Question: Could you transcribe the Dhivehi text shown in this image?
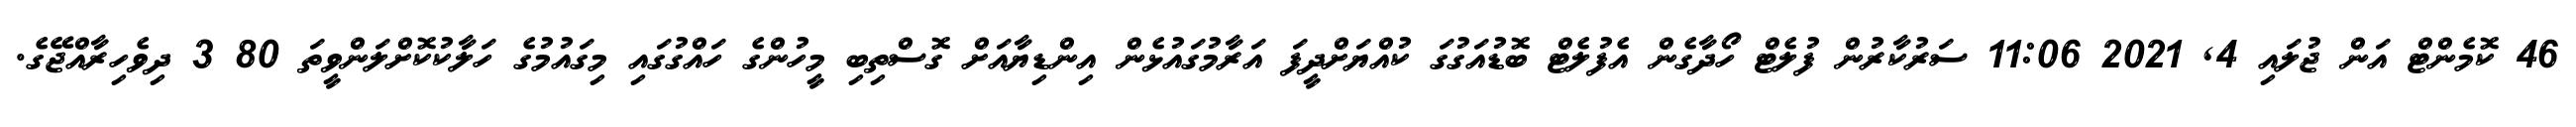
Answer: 46 ކޮމެންޓް އަން ޖުލައި 4, 2021 11:06 ސަރުކާރުން ފުލެޓް ހޯދާގެން އެފުލެޓް ބޮޑުއަގުގަ ކުއްޔަށްދީފަ އަރާމުގައުޅެން އިންޑިޔާއަށް ގޮސްތިބި މީހުންގެ ހައްގުގައި މިގައުމުގެ ހަލާކުކޮށްލަންވީތަ 80 3 ދިވެހިރާއްޖޭގެ.